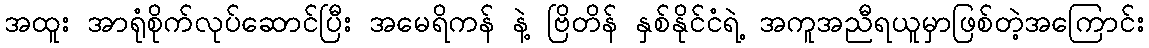
အထူး အာရုံစိုက်လုပ်ဆောင်ပြီး အမေရိကန် နဲ့ ဗြိတိန် နှစ်နိုင်ငံရဲ့ အကူအညီရယူမှာဖြစ်တဲ့အကြောင်း